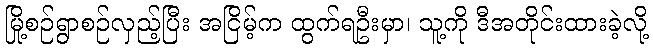
မြို့စဉ်ရွာစဉ်လှည့်ပြီး အငြိမ့်က ထွက်ရဦးမှာ၊ သူ့ကို ဒီအတိုင်းထားခဲ့လို့